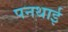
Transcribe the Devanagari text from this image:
पनथाई